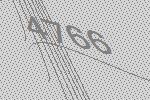
4766